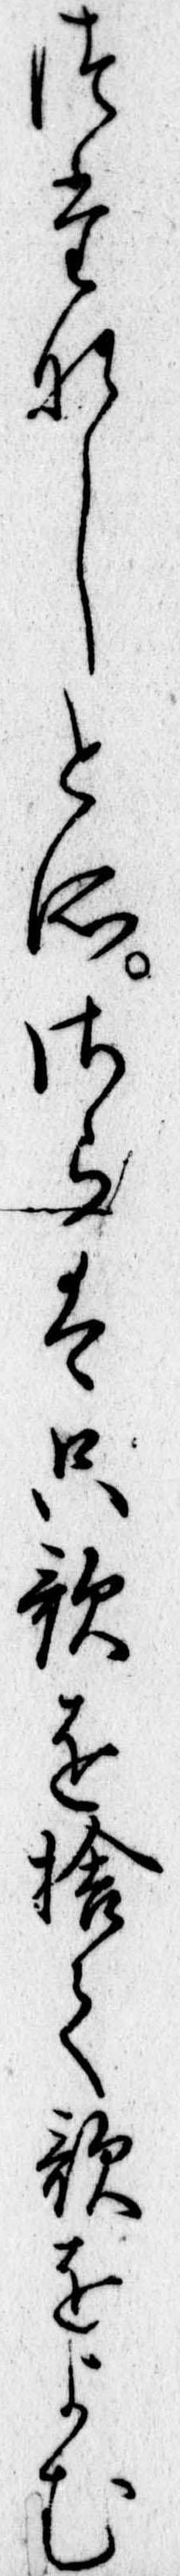
つたなしとそさらは只歌を捨て歌をよむ